Eesti_Vabariigi_Tartu_Ulikool, lk 6
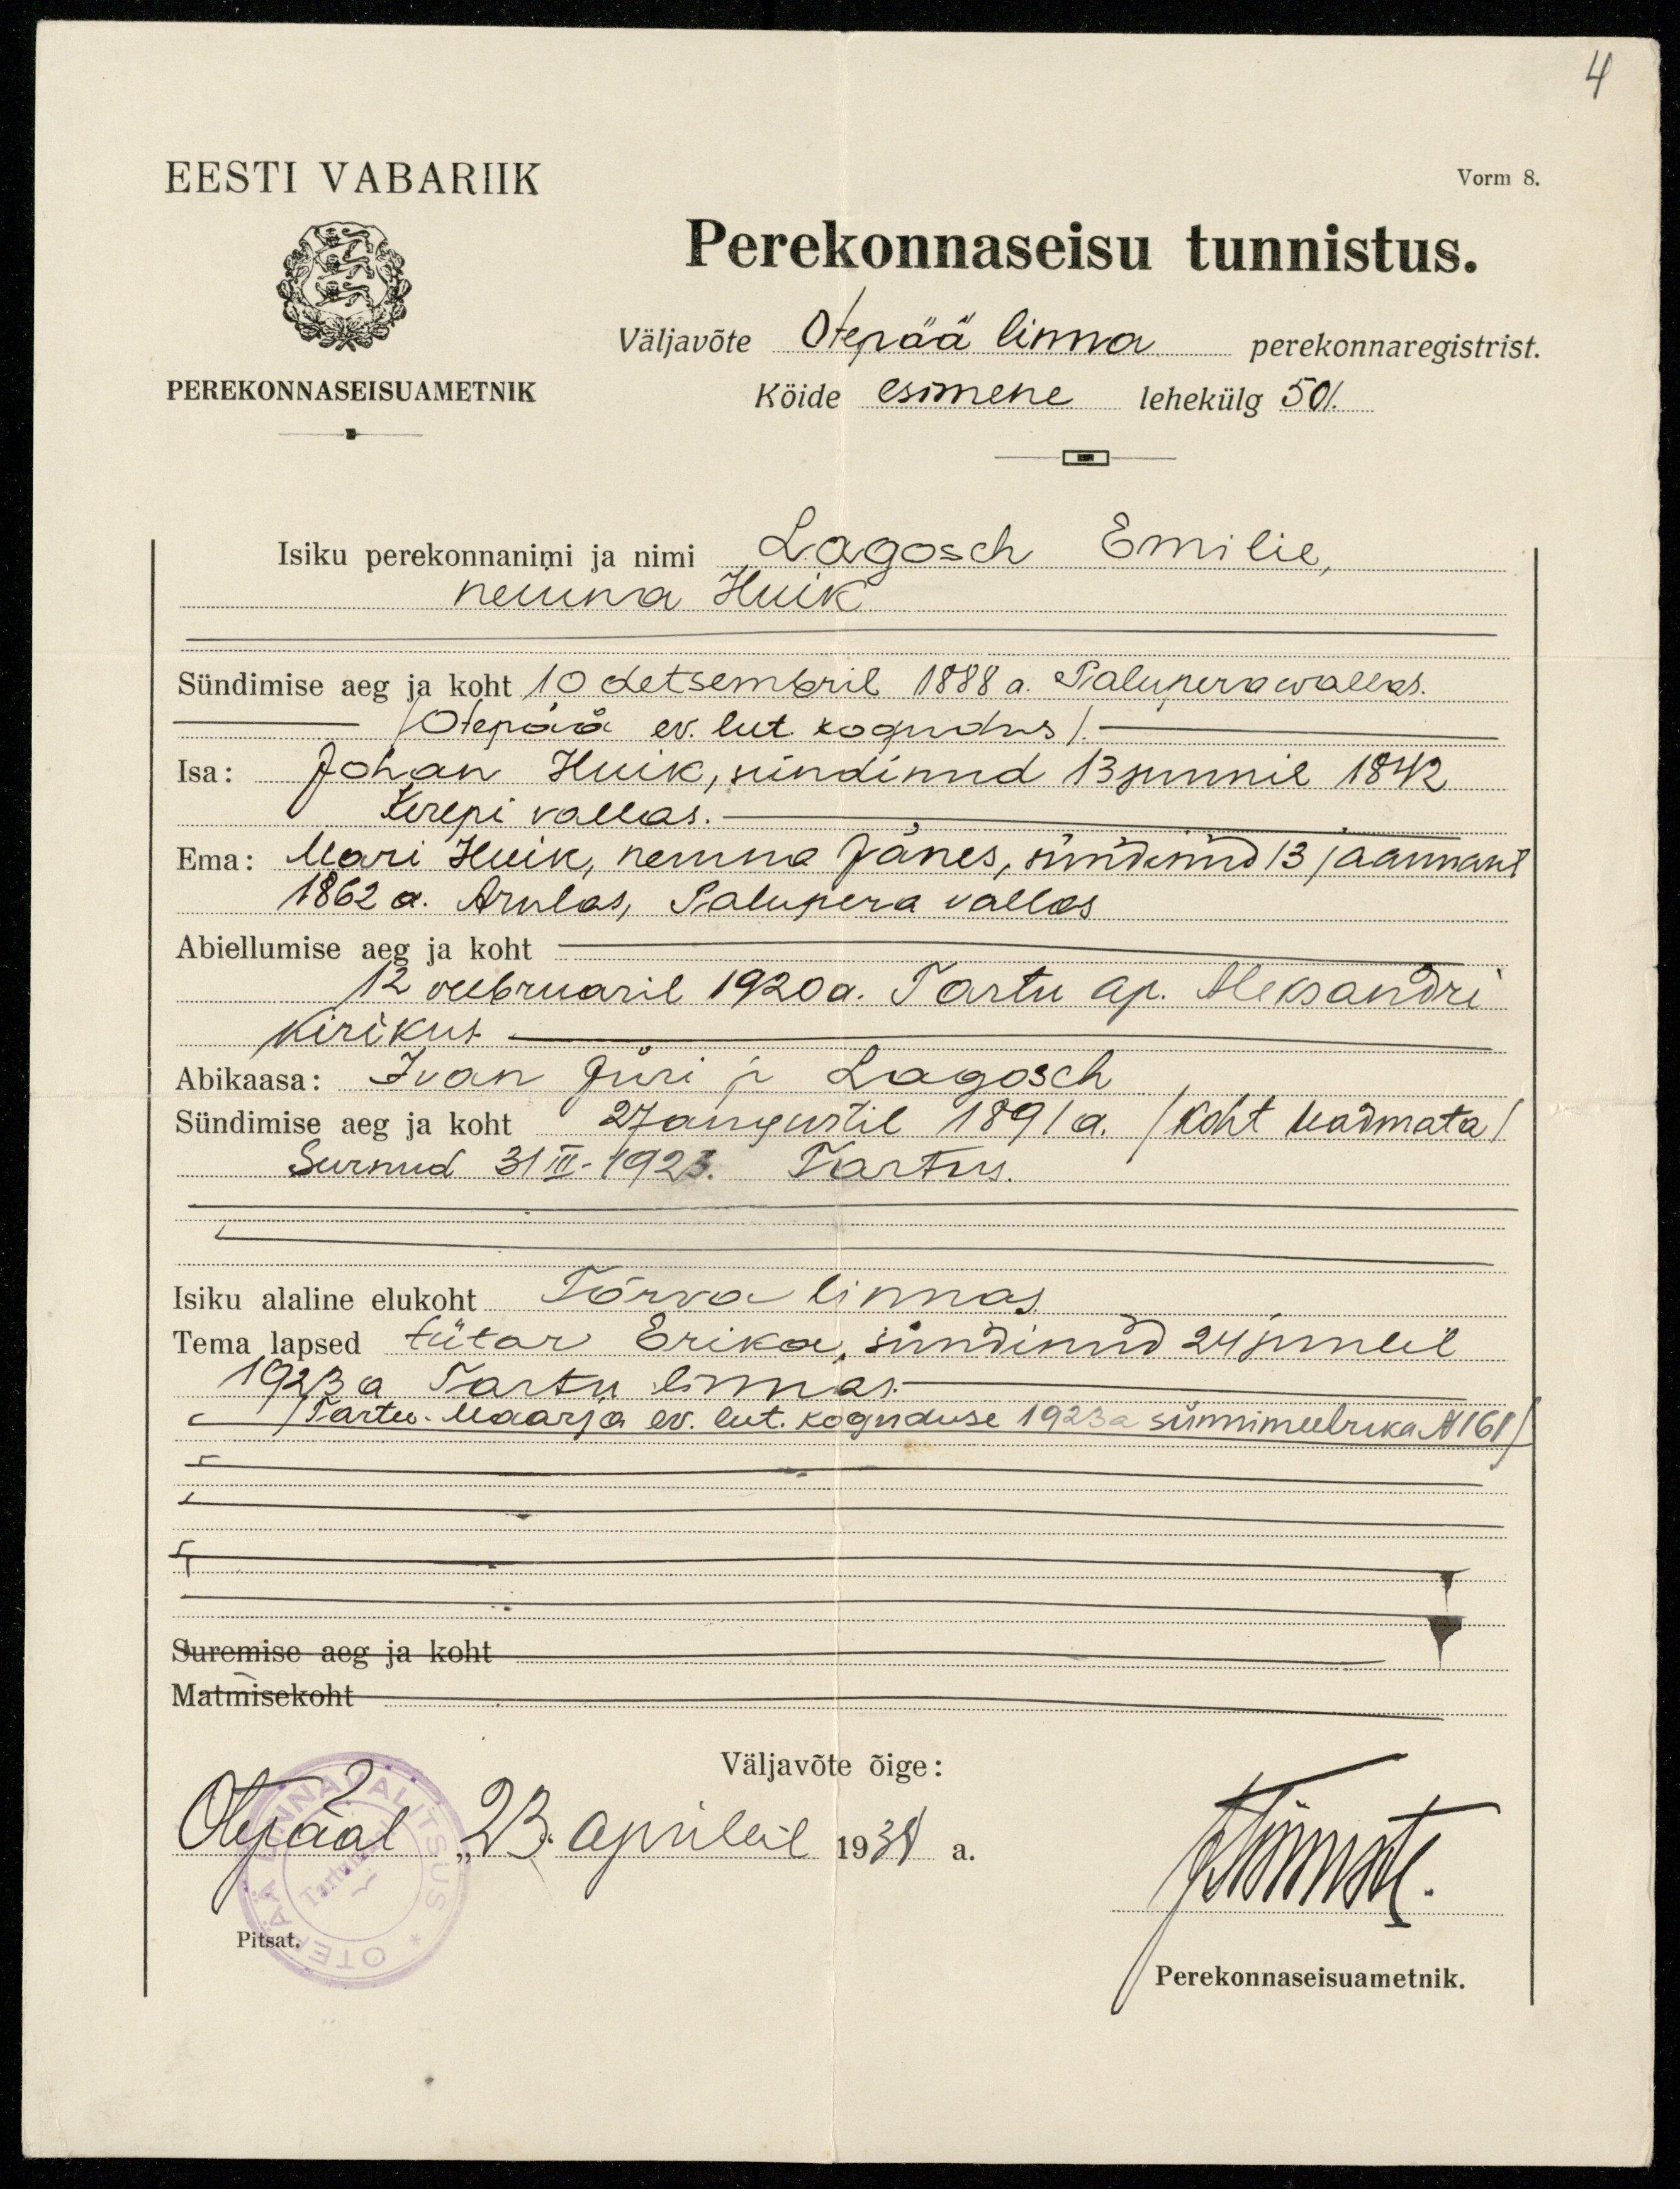
4

EESTI VABARIIK
Vorm 8.
Perekonnaseisu tunnistus.
väljavõte Otepää linna perekonnaregistrist.
PEREKONNASEISU AMETNIK
Kõide esimene lehekülg 501.
Isiku perekonnanimi ja nimi Lagosch Emilie,
neiuna Huik
Sündimise aeg ja koht 10 detsembril 1888. Palupera wallas.
/Otepää ev. lut. kogudus/
Isa: Johan Huik, sündinud 13 Juunil 1842
Kirepi vallas.
Ema: Mari Huik, neiuna Jänes, sündinud 13 jaanuaril
1862 a. Arulas, Palupera vallas.
Abiellumise aeg ja koht
12 veebruaril 1920a. Tartu ap. Aleksandri
kirikus.
Abikaasa: Ivan Jüri p. Lagosch
Sündimise aeg ja koht 27 augustil 1891 a. /koht teadmata/
Surnud 31III-1923. Tartus.
Isiku alaline elukoht Tõrva linnas
Tema lapsed tütar Erika, sündinud 24 juulil
1923 a. Tartu linnas -
Tartu Maarja ev. lut. koguduse 1923a sünnimeelrika N161/
Suremise aeg ja koht
Matmisekoht
Väljavõte õige:
Olepääl 23. aprillil 1934 a.
tismiste
Pitsat.
Perekonnaseisuametnik.